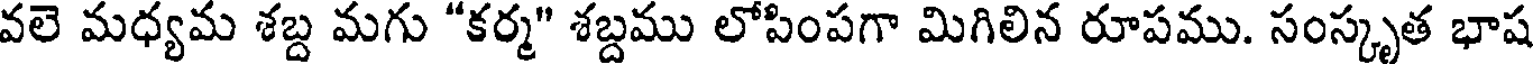
వలె మధ్యమ శబ్ద మగు "కర్మ" శబ్దము లోపింపగా మిగిలిన రూపము. సంస్కృత భాష